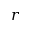
r